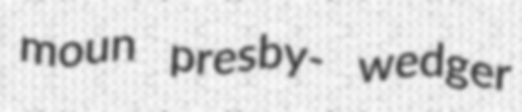
moun presby- wedger